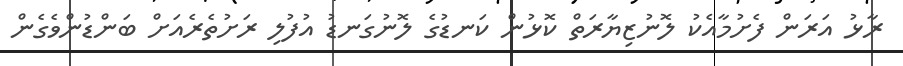
ރާޅު އަރަން ފެށުމާއެކު ލޮނުޒިޔާރަތް ކޮޅުން ކަނޑުގެ ލޮނުގަނޑު އުފުލި ރަށުތެރެއަށް ބަންޑުންވެގެން